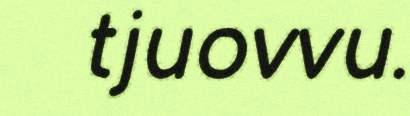
tjuovvu.